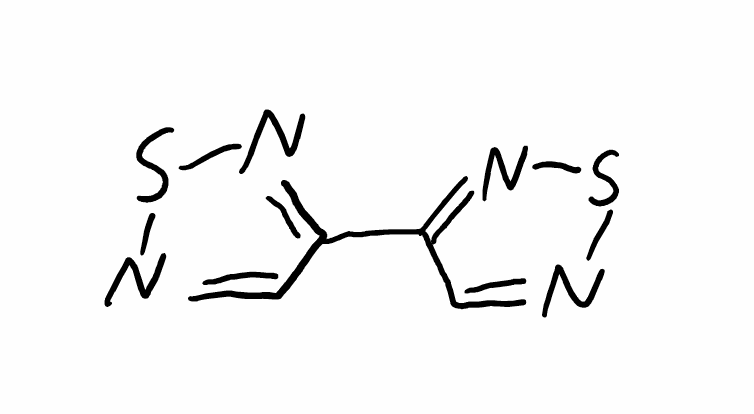
Simplified molecular-input line-entry system (SMILES) notation of the given molecule:
C1=NSN=C1C2=NSN=C2